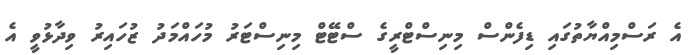
އެ ރަސްމިއްޔާތުގައި ޑިފެންސް މިނިސްޓްރީގެ ސްޓޭޓް މިނިސްޓަރު މުހައްމަދު ޒުހައިރު ވިދާޅުވީ އެ